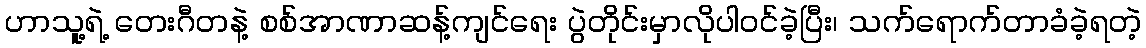
ဟာသူ့ရဲ့ တေးဂီတနဲ့ စစ်အာဏာဆန့်ကျင်ရေး ပွဲတိုင်းမှာလိုပါဝင်ခဲ့ပြီး၊ သက်ရောက်တာခံခဲ့ရတဲ့